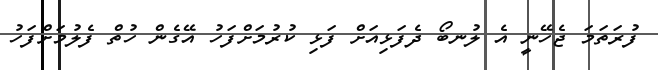
ފުރަތަމަ ޖެހޭނީ އެ ލުނބޯ ދެފަޅިއަށް ފަޅި ކުރުމަށްފަހު އޭގެން ހުތް ފެލުމަށްފަހު